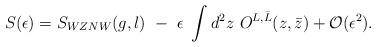
LaTeX: \begin{align*}S(\epsilon)=S_{WZNW}(g,l)~-~\epsilon~\int d^2z~O^{L,\bar L}(z,\bar z)+{\cal O}( \epsilon ^2).\end{align*}